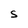
Character: S